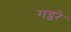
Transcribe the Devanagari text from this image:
गट्ठरे